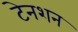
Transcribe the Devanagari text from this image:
टेनशन